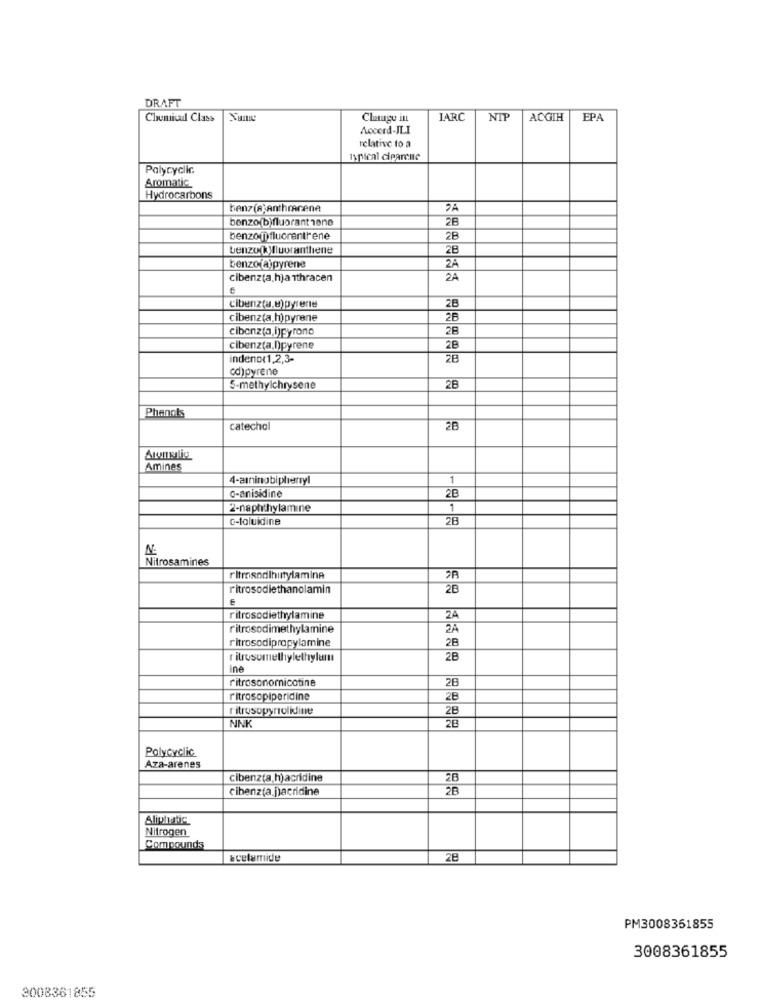
DRAFT
Chemical Class
Change it
ARC
NIT
ACGIH
EPA
Accerd-JLI
relative to a
Ipical ciparene
Palycyclic
Aromatic
Hydrocarbons
benz(ajAnthracene
benzo(b)flubrant 1ene
28
benzonflucrantrene
2B
benzo(kMluoranthene
28
benzo(a)pyrene
ZA
cibenz(a.h)anthracen
2A
28
cibenz(a,e)pyrene
cibenz(a.h)pyrene
2B
cibenz(a,ijpyrone
28
cibenz(a,D)pyrene
2B
indenp(1,2,3-
cd)pyrene
5-methylchrysene
2B
Phenols
catechol
2B
Atomelig
Amines
4-aıninabipheryl
1
o-anisidine
2B
2-naphthylamine
1
o-toluidine
28
AE
Nitrosamines
ritmosndlhirtylamine
ritrosodiethanolamin
2B
ritrosodiethylamine
24
ritrosodimethylamine
2A
ritrosodipropylamine
2B
itrosomethylethylum
2B
ne
ritrosonomnicotine
28
ritrosopiperidine
28
ritrosopyrrolidine
2B
NNK
Polycyclic
Aza-arenes
cibenz(a h)acridine
2B
cibenzta paeridine
28
Aliphatic
Nitrogen
Compounds
ecelamide
28
PM3008351855
3008361855
3008361855